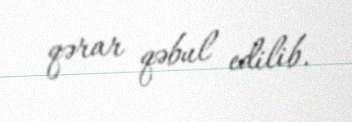
qərar qəbul edilib.